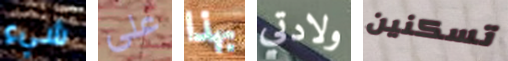
شيء على بهذا ولادتي تسكنين